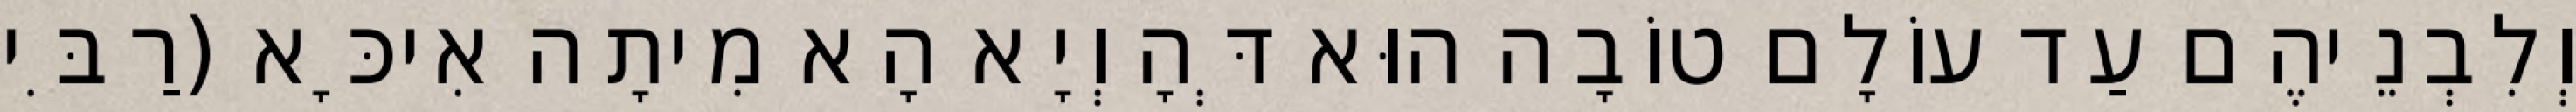
וְלִבְנֵיהֶם עַד עוֹלָם טוֹבָה הוּא דְּהָוְיָא הָא מִיתָה אִיכָּא (רַבִּי